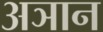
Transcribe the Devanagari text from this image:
अञान